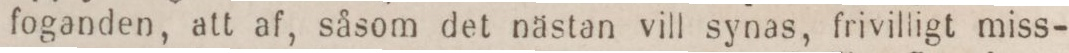
foganden, att af, såsom det nästan vill synas, frivilligt miss-